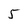
Character: 5